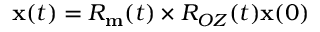
{ \bf x } ( t ) = R _ { \bf m } ( t ) \times R _ { O Z } ( t ) { \bf x } ( 0 )